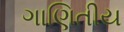
ગાણિતીય